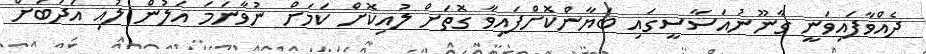
ދެއްވާފައިވަނީ ގާނޫނުއަސާސީގައި ބަޔާންކޮށްފައިވާ ގޮތަށް ލުއިކޮށް ކަމަށް ނުވާނަމަ އަލުން ލުއި އަދަބަށް